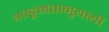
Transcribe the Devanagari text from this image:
भाट्टमतानुयायी